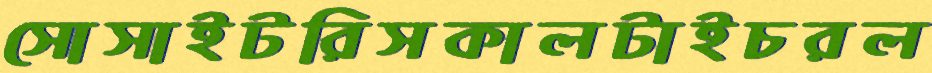
সোসাইটরিসকালটাইচরল